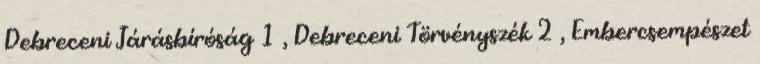
Debreceni Járásbíróság 1 , Debreceni Törvényszék 2 , Embercsempészet